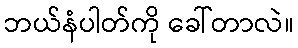
ဘယ်နံပါတ်ကို ခေါ်တာလဲ။